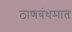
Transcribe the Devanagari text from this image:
ठाणबंधमात